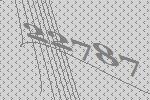
22787